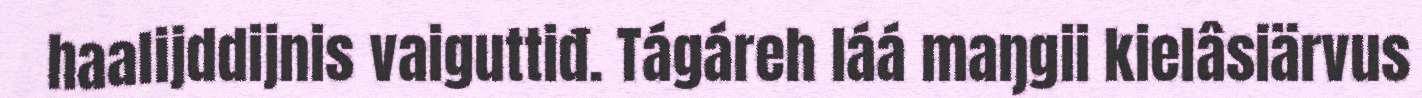
haalijddijnis vaiguttiđ. Tágáreh láá maŋgii kielâsiärvus